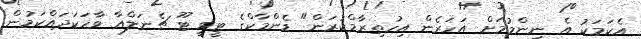
އެކަމަކު އެ ނިންމުމަށް އަހަރެން އިހުތިރާމްކުރަން" ޑެންމާކްގެ ޓީވީ ޓޫ ޗެނަލްއާ ވާހަކަދައްކަމުން